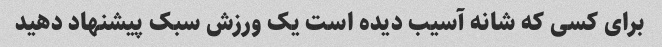
برای کسی که شانه آسیب دیده است یک ورزش سبک پیشنهاد دهید